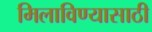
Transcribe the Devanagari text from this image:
मिलाविण्यासाठी